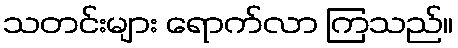
သတင်းများ ရောက်လာ ကြသည်။